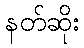
နတ်ဆိုး